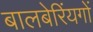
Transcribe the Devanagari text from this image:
बालबेरिंयगों